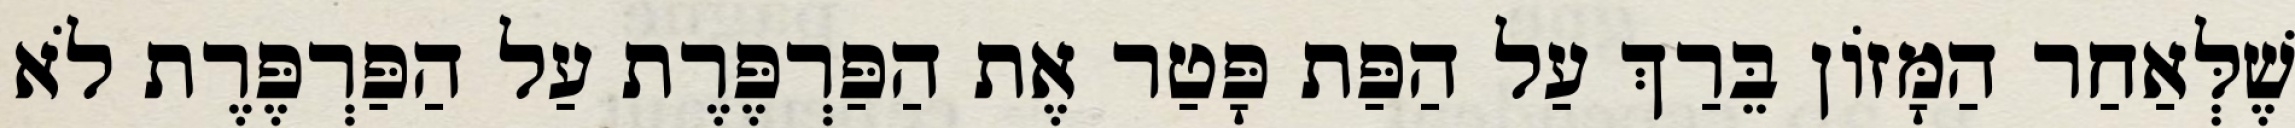
שֶׁלְּאַחַר הַמָּזוֹן בֵּרַךְ עַל הַפַּת פָּטַר אֶת הַפַּרְפֶּרֶת עַל הַפַּרְפֶּרֶת לֹא